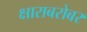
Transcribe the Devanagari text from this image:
क्षाराबरोबर